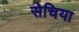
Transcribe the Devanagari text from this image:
सेचिया